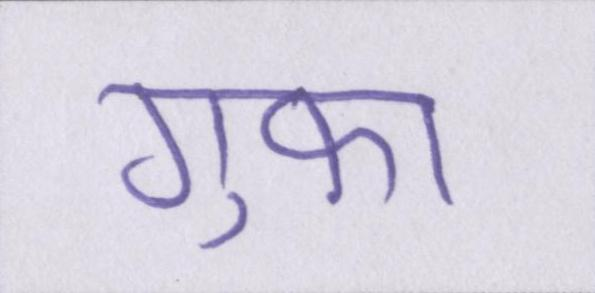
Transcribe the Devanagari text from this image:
गुफ़ा